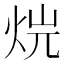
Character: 𤈡